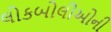
લોકબોલીઓની